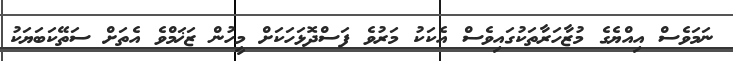
ނަމަވެސް އިއްޔެގެ މުޒާހަރާތަކުގައިވެސް އެކަކު މަރުވެ ފަސްދޮޅަހަކަށް މީހުން ޒަޚަމްވެ އެތަށް ސަތޭކަބަޔަކު